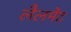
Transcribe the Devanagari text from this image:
लैलमेंट